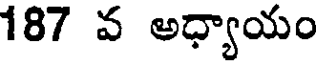
187 వ అధ్యాయం